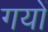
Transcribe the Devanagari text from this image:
गयों